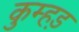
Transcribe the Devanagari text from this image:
कुम्हड़